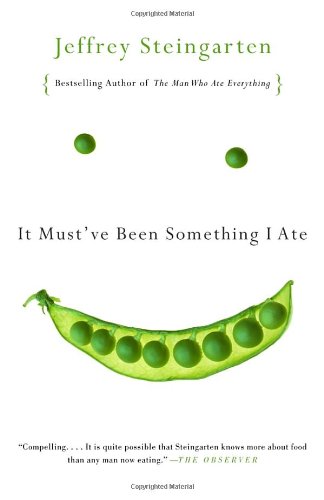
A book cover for It Must've Been Something I Ate; Jeffrey Steingarten; Humor & Entertainment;